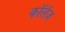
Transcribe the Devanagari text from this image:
कॉलॅज